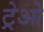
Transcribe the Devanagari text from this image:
ट्रेओ